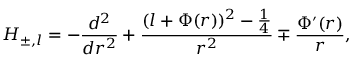
{ \cal H } _ { \pm , l } = - \displaystyle \frac { d ^ { 2 } } { d r ^ { 2 } } + \displaystyle \frac { ( l + \Phi ( r ) ) ^ { 2 } - \frac { 1 } { 4 } } { r ^ { 2 } } \mp \displaystyle \frac { \Phi ^ { \prime } ( r ) } { r } ,